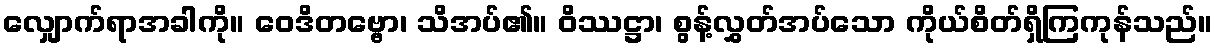
လျှောက်ရာအခါကို။ ဝေဒိတဗ္ဗော၊ သိအပ်၏။ ဝိဿဋ္ဌာ၊ စွန့်လွှတ်အပ်သော ကိုယ်စိတ်ရှိကြကုန်သည်။